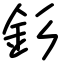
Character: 釤